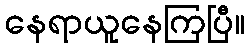
နေရာယူနေကြပြီ။